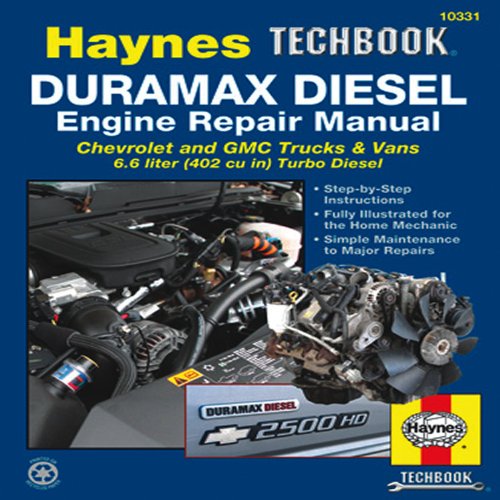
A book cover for Duramax Diesel Engine Repair Manual: Chrevrolet and GMC Trucks & Vans 6.6 liter (402 cu in) Turbo Diesel (Haynes Techbook); Editors of Haynes Manuals; Engineering & Transportation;